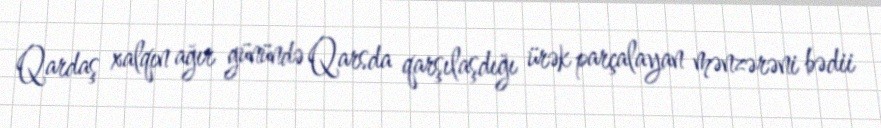
Qardaş xalqın ağır günündə Qarsda qarşılaşdığı ürək parçalayan mənzərəni bədii